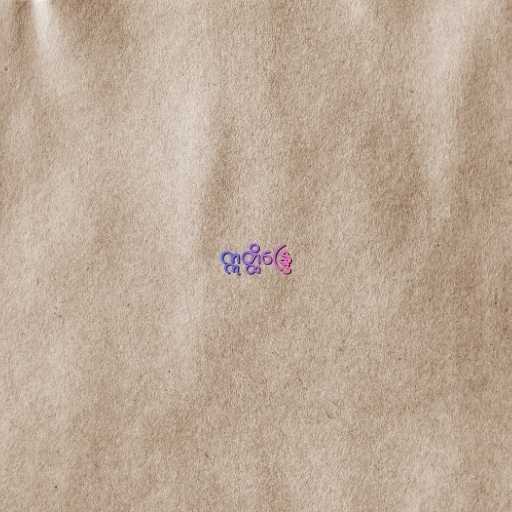
ဣတ္ထိန္ဒြေ